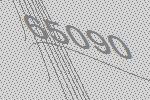
65090